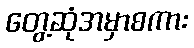
တွေ့ဆုံအမှာစကား